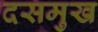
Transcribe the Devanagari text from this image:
दसमुख